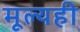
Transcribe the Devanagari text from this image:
मूल्यही